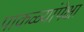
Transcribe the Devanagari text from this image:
पाकळ्यांपेक्षा